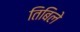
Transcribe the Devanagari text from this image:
तिबिले